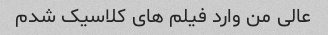
عالی من وارد فیلم های کلاسیک شدم